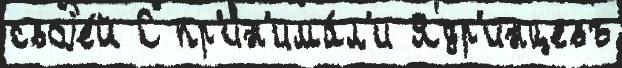
своjе́й С пр'ин'има́л'и Ядр'инцевъ